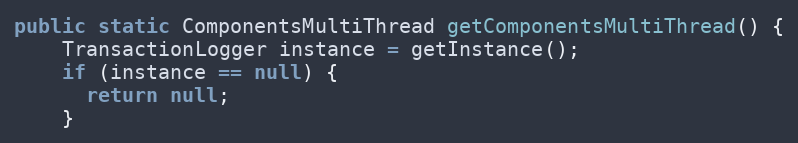
Language: Java
public static ComponentsMultiThread getComponentsMultiThread() {
    TransactionLogger instance = getInstance();
    if (instance == null) {
      return null;
    }